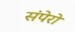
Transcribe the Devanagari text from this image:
संपेरो